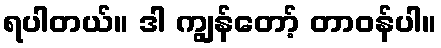
ရပါတယ်။ ဒါ ကျွန်တော့် တာဝန်ပါ။